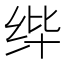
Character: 𰬎